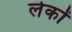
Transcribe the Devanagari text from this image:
लेकों